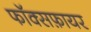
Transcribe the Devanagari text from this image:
फॉक्सफ़ायर